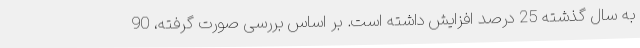
به سال گذشته 25 درصد افزایش داشته است. بر اساس بررسی صورت گرفته، 90